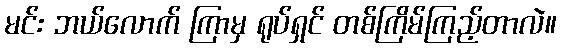
မင်း ဘယ်လောက် ကြာမှ ရုပ်ရှင် တစ်ကြိမ်ကြည့်တာလဲ။